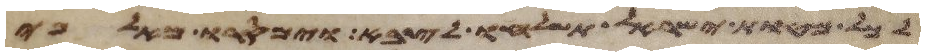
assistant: לכל מטות ישראל תשלחו לצבא וימסרו מאלפי